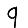
Digit: 9